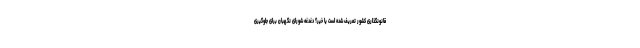
قانونگذاری کشور تعریف شده است یا خیر؟ دغدغه شورای نگهبان برای جلوگیری